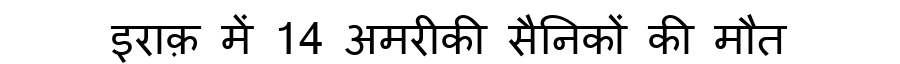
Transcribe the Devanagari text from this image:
इराक़ में 14 अमरीकी सैनिकों की मौत